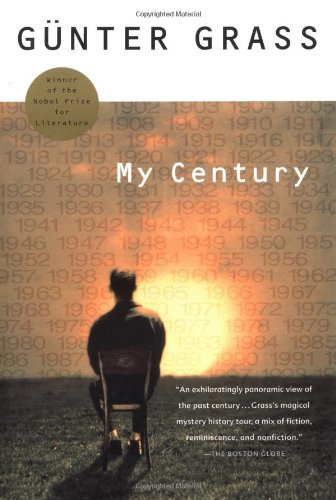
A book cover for My Century; GÃ¼nter Grass; Literature & Fiction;